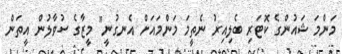
މަންމަ ޝައުންގެ ކޮޓަރި ބެލިއިރު ނެތީމަ މަންމައަށް އެނގުނީ" މީޒާގެ ސުވާލުން އީތަން